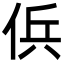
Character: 㑟